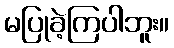
မပြုခဲ့ကြပါဘူး။